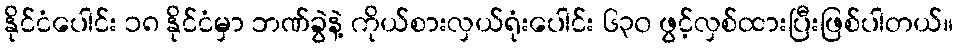
နိုင်ငံပေါင်း ၁၈ နိုင်ငံမှာ ဘဏ်ခွဲနဲ့ ကိုယ်စားလှယ်ရုံးပေါင်း ၆၃၀ ဖွင့်လှစ်ထားပြီးဖြစ်ပါတယ်။